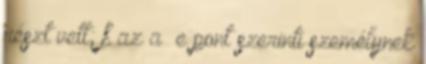
részt vett; f az a –e pont szerinti személynek